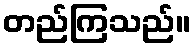
တည်ကြသည်။